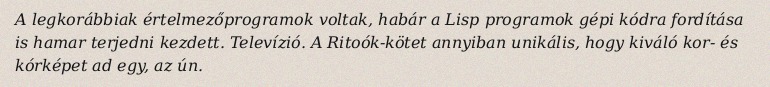
A legkorábbiak értelmezőprogramok voltak, habár a Lisp programok gépi kódra fordítása is hamar terjedni kezdett. Televízió. A Ritoók-kötet annyiban unikális, hogy kiváló kor- és kórképet ad egy, az ún.